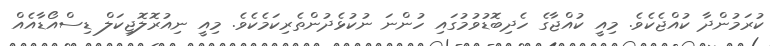
ކުރަމުންދާ ކުއްޖެކެވެ. މިއީ ކުއްޖާގެ ހެދިބޮޑުވުމުގައި ހުންނަ ނުކުޅެދުންތެރިކަމެކެވެ. މިއީ ނިއުރޮލޮޖިކަލް ޑިސްއޯޑާއެއް